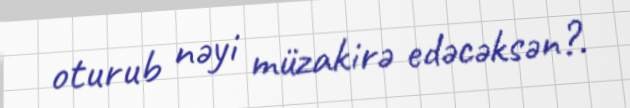
oturub nəyi müzakirə edəcəksən?.